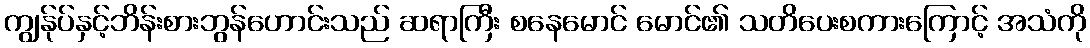
ကျွန်ုပ်နှင့်ဘိန်းစားဘွန်ဟောင်းသည် ဆရာကြီး စနေမောင် မောင်၏ သတိပေးစကားကြောင့် အသံကို